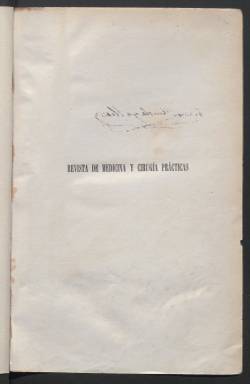
Título: Revista de medicina y cirugía prácticas
Colección: Medicina
Ámbito geográfico: Madrid
Lugar de publicación: Madrid
Fechas: 05/01/1877-28/09/1920